Enquiry on enteric fever in India - Number 32
Disease focus: Fever
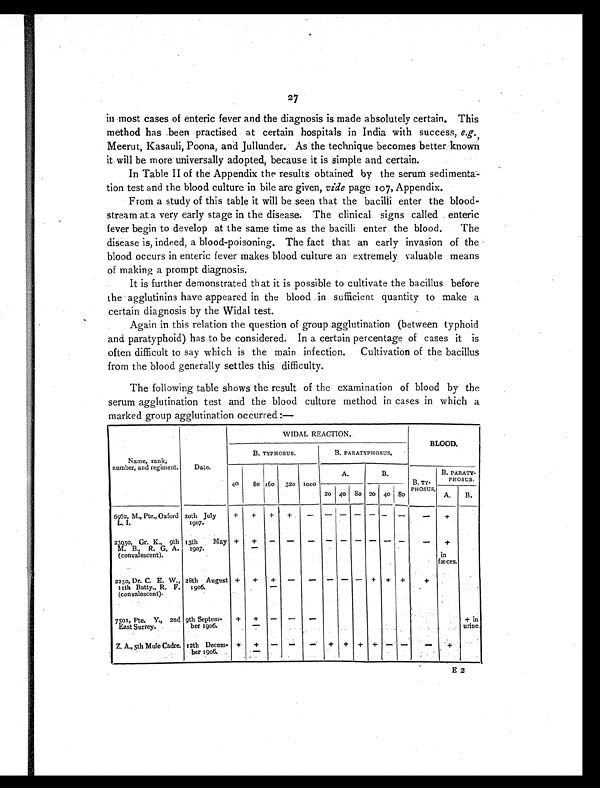
27
in most cases of enteric fever and the diagnosis is made absolutely certain. This
method has been practised at certain hospitals in India with success, e.g.,
Meerut, Kasauli, Poona, and Jullunder. As the technique becomes better known
it will be more universally adopted, because it is simple and certain.
In Table II of the Appendix the results obtained by the serum sedimenta-
tion test and the blood culture in bile are given, vide page 107, Appendix.
From a study of this table it will be seen that the bacilli enter the blood-
stream at a very early stage in the disease. The clinical signs called enteric
fever begin to develop at the same time as the bacilli enter the blood. The
disease is, indeed, a blood-poisoning. The fact that an early invasion of the
blood occurs in enteric fever makes blood culture an extremely valuable means
of making a prompt diagnosis.
It is further demonstrated that it is possible to cultivate the bacillus before
the agglutinins have appeared in the blood in sufficient quantity to make a
certain diagnosis by the Widal test.
Again in this relation the question of group agglutination (between typhoid
and paratyphoid) has to be considered. In a certain percentage of cases it is
often difficult to say which is the main infection. Cultivation of the bacillus
from the blood generally settles this difficulty.
The following table shows the result of the examination of blood by the
serum agglutination test and the blood culture method in cases in which a
marked group agglutination occurred:—
Name, rank,
number, and regiment.
Date.
WIDAL REACTION.
BLOOD.
B. TYPHOSUS.
B. PARATYPHOSUS.
40
8 0 160 320 1000
A.
B.
B. TY -
PHOSUS.
B. PARATY-
PHOSUS.
20 40 80 20 40 80
A. B.
6962, M., Pte., Oxford
L. I.
20th July
1907.
+ + + + — — — — — — — —
+
23950, Gr. K., 9th
M. B., R. G. A.
(convalescent).
13th May
1907.
+ + — — — —
— — — — — — —
+ in
fæces.
2250, Dr. C. E. W.,
11th Batty., R. F.
(convalescent).
28th August
1906.
+ +
+ —
— — —
— — + +
+
+
7501, Pte. Y., 2nd
East Surrey.
9th Septem-
ber 1906.
+ + — — — —
+ in
urine.
Z. A., 5th Mule Cadre. 12th Decem-
ber 1906.
+ + —
— — —
+ + + + — —
—
+
E 2